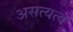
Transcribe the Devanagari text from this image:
असत्यत्व